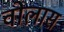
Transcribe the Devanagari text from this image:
वोलास